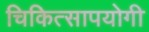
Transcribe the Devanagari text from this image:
चिकित्सापयोगी